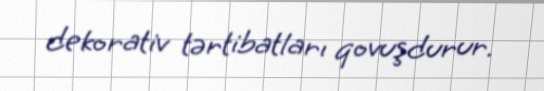
dekorativ tərtibatları qovuşdurur.